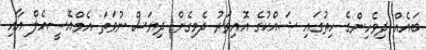
ބައެއް ދިވެހިންގެ ހިތުގައި ޝައްކުގެ އޮއިވަރު ދެމިގެން ދިޔަސް ނުވަތަ އެމްއޭސީއެލް އާއި